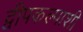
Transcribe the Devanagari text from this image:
द्वीपकल्पाशी